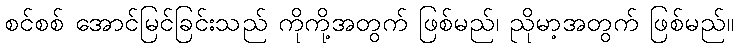
စင်စစ် အောင်မြင်ခြင်းသည် ကိုကို့အတွက် ဖြစ်မည်၊ ညိုမာ့အတွက် ဖြစ်မည်။